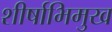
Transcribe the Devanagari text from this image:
शीर्षाभिमुख